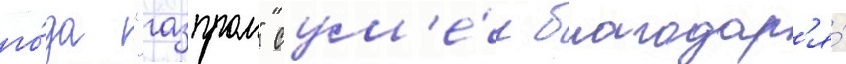
го́да "газпром" сум'е́л благодар'я́